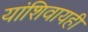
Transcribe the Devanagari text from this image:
यांशिवायही